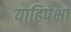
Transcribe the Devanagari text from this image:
याहिपेक्षा